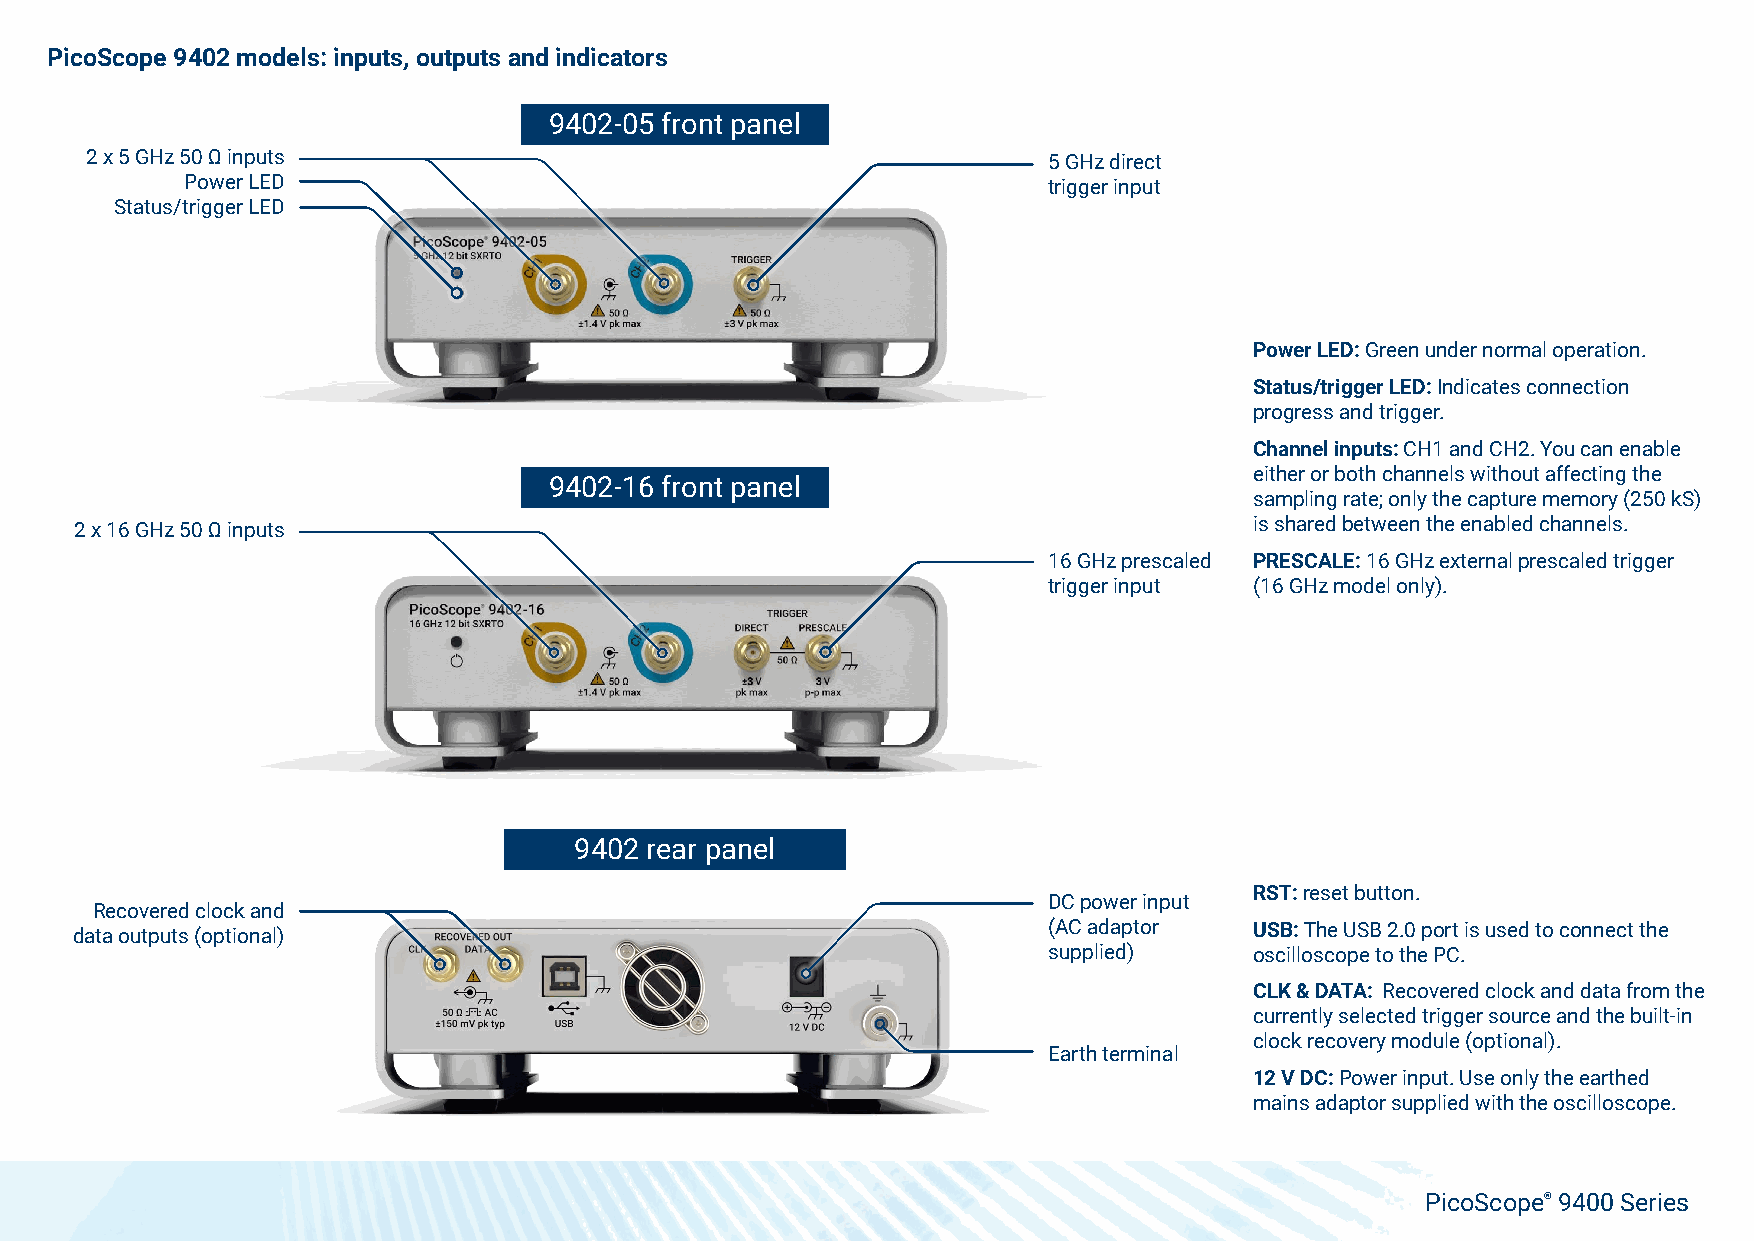
PicoScope 9402 models: inputs, outputs and indicators
 9402-05 front panel
 2 x 5 GHz 50 Ω inputs                                          5 GHz direct
 Power LED                                                trigger input
 Status/trigger LED
 Power LED: Green under normal operation.
 Status/trigger LED: Indicates connection
 progress and trigger.
 Channel inputs: CH1 and CH2. You can enable
 either or both channels without affecting the
 9402-16 front panel
 sampling rate; only the capture memory (250 kS)
 2 x 16 GHz 50 Ω inputs                                                        is shared between the enabled channels.
 16 GHz prescaled PRESCALE: 16 GHz external prescaled trigger
 trigger input (16 GHz model only).
 9402 rear panel
 RST: reset button.
 DC power input
 Recovered clock and
 (AC adaptor   USB: The USB 2.0 port is used to connect the
 data outputs (optional)
 supplied)     oscilloscope to the PC.
 CLK & DATA: Recovered clock and data from the
 currently selected trigger source and the built-in
 clock recovery module (optional).
 Earth terminal
 12 V DC: Power input. Use only the earthed
 mains adaptor supplied with the oscilloscope.
 PicoScope® 9400 Series